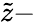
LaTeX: \tilde{z}-